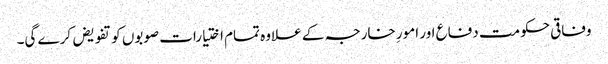
وفاقی حکومت دفاع اور امورِ خارجہ کے علاوہ تمام اختیارات صوبوں کو تفویض کرے گی۔